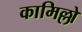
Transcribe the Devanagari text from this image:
कामिल्लो